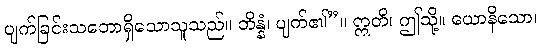
ပျက်ခြင်းသဘောရှိသောသူသည်။ ဘိန္နံ၊ ပျက်၏”။ ဣတိ၊ ဤသို့။ ယောနိသော၊